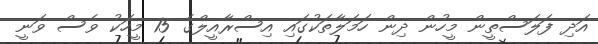
އަދި ފަލަސްތީން މީހުން ދިން ހަމަލާތަކުގައި އިސްރާއީލްގެ 15 މީހަކު ވެސް ވަނީ